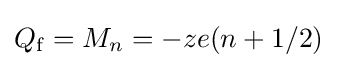
Q_{\rm {f}}=M_{n}=-ze(n+1/2)